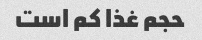
حجم غذا کم است